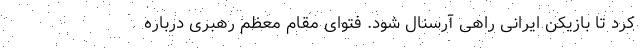
کرد تا بازیکن ایرانی راهی آرسنال شود. فتوای مقام معظم رهبری درباره